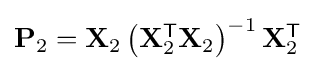
{\textstyle \mathbf {P} _{2}=\mathbf {X} _{2}\left(\mathbf {X} _{2}^{\mathsf {T}}\mathbf {X} _{2}\right)^{-1}\mathbf {X} _{2}^{\mathsf {T}}}